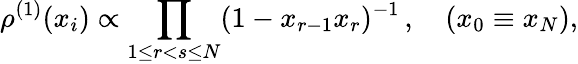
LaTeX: \rho^{(1)}(x_{i})\propto\prod_{1\leq r<s\leq N}(1-x_{r-1}x_{r})^{-1}\, ,\quad(x_{0}\equiv x_{N}),